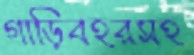
গাড়িবহরসহ